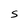
Character: S